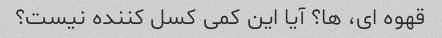
قهوه ای، ها؟ آیا این کمی کسل کننده نیست؟